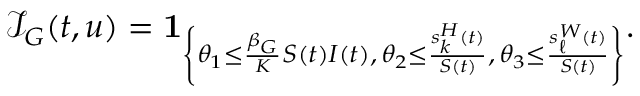
\mathcal { I } _ { G } ( t , u ) = \mathbf { 1 } _ { \left\{ \theta _ { 1 } \leq \frac { \beta _ { G } } { K } S ( t ) I ( t ) , \, \theta _ { 2 } \leq \frac { s _ { k } ^ { H } ( t ) } { S ( t ) } , \, \theta _ { 3 } \leq \frac { s _ { \ell } ^ { W } ( t ) } { S ( t ) } \right\} } .